King Institute of Preventive Medicine Micro-Biological Section reports 1909-11
Year: 1909
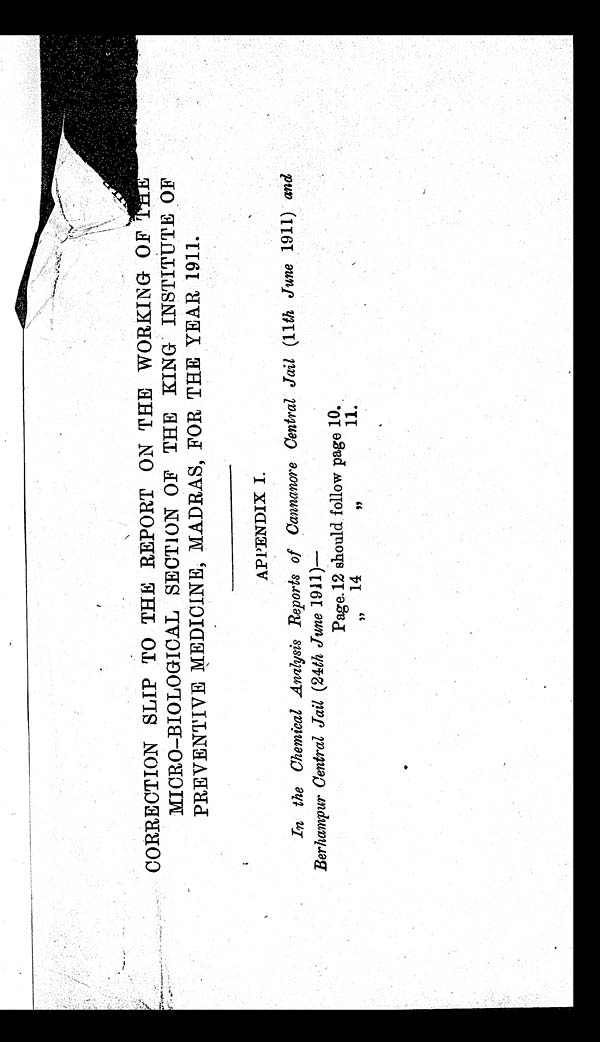
CORRECTION SLIP TO THE REPORT ON THE WORKING OF THE
MICRO—BIOLOGICAL SECTION OF THE KING INSTITUTE OF
PREVENTIVE MEDICINE, MADRAS, FOR THE YEAR 1911.
APPENDIX I.
In the Chemical Analysis Reports of Cannanore Central Jail ( 11 th June 1911) and
Berhampur Central Jail ( 24th June 1911)—
Page. 12 should follow page 10.
P a g e . 1 4 s c h o u l f o l l o w p a g e 1 1 .